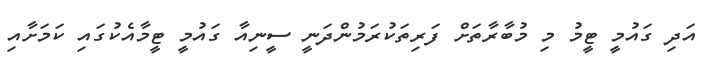
އަދި ގައުމީ ޓީމު މި މުބާރާތަށް ފަރިތަކުރަމުންދަނީ ސީނިއާ ގައުމީ ޓީމާއެކުގައި ކަމަށާއި